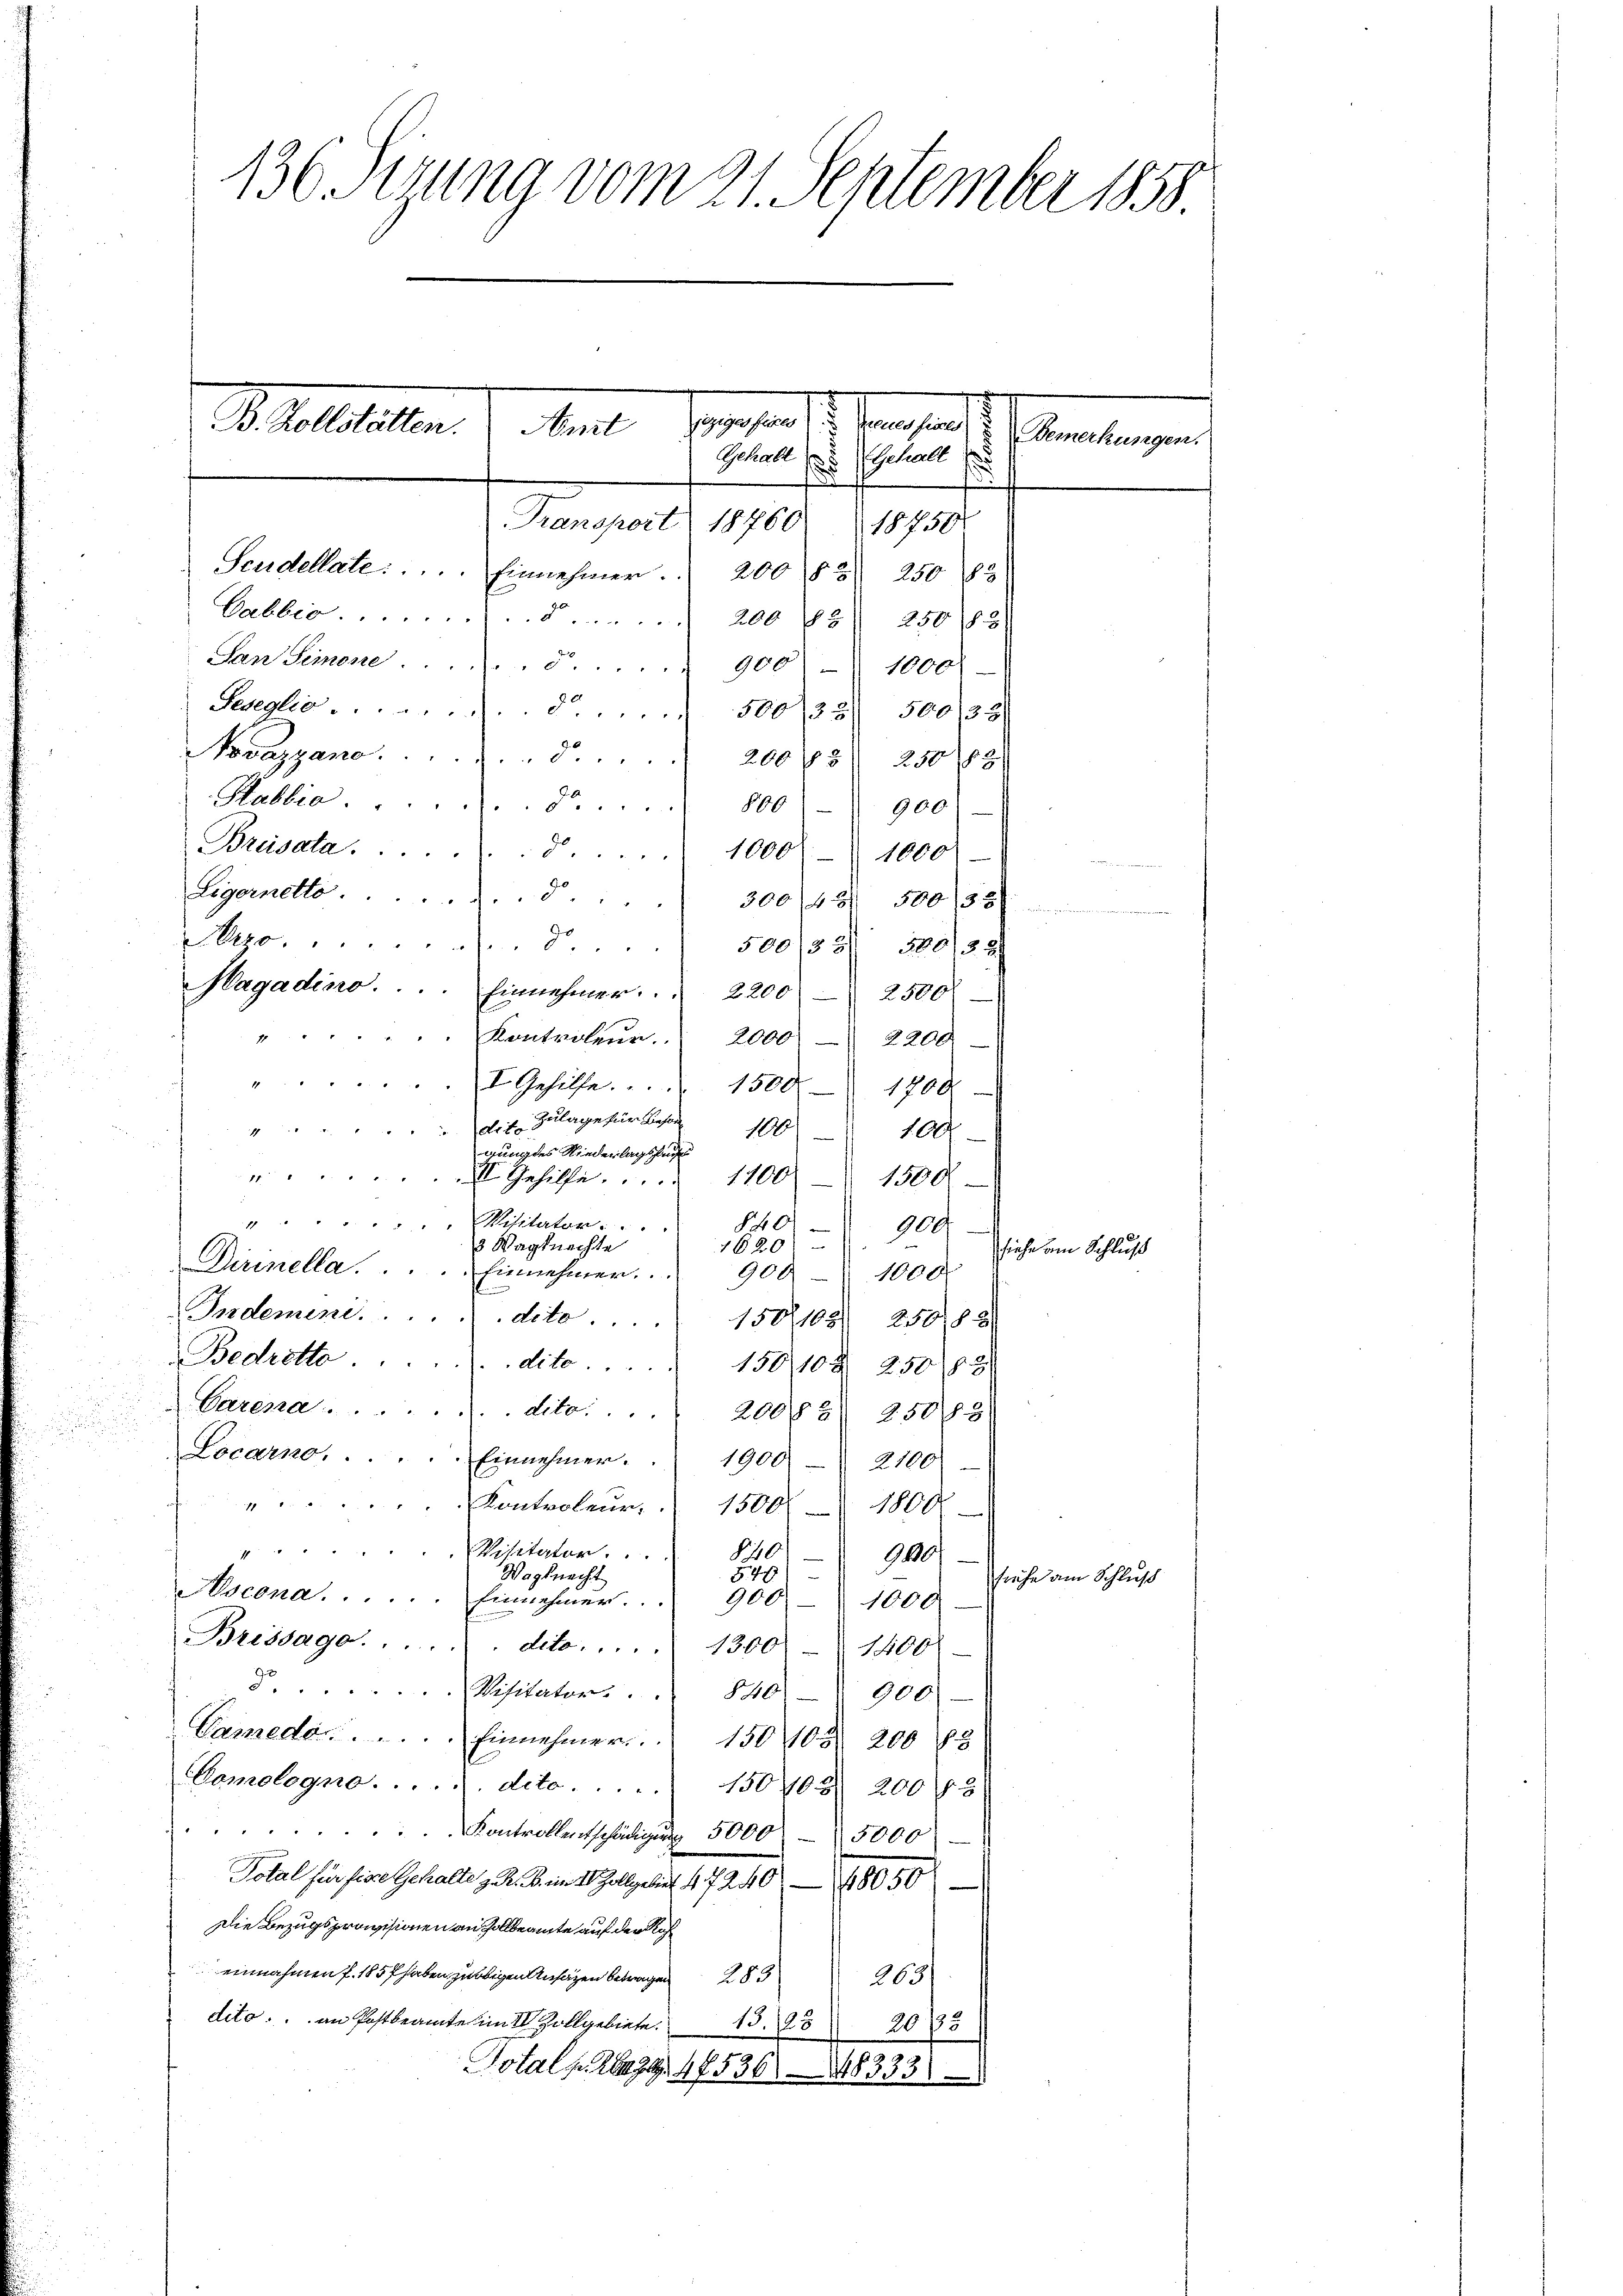
136 Sirung vom 21. September 1858

Habbia 800
900.
Legernetto. § 300/12 500/38)
zo. § 500/331 30052
Magadino. . . . Einnehmer. . . 2200 2500
Kontroleur.
2000 2200
1
I. Gehilfe. 1500 - 1700
dr. s. Zulage für Besond
1
106) 100
gung des Niederlagshau

1100
II Gehilfe.
1500
§ 40
Misitarton.  ..
900
.
1620
3 Wagknechte
Dirinella. ..  ..  ..   Einnehmen.
9001000.
Indement. . . . . deto . . . .
150/108) 250. 88
Bedrotto  ..  ..  ..  .. . . . . dito. 15010 § 25083
Carena . . . . . . . . dito. . . . . 20083. 25083
Locarno. . . . . . Einnehmer.  1900
2100
Kontroleur
1800
1500
Visitator.
§ 40
9000.
Wegknecht
549
Pscona . . . . . . Einnehmer.
900
1000.
Brissage. . . . . . dito.  .. . . 1300 - 1400
 Visitators 846
900
Vameda . . . . . Einnehmer.   150 105. 200 88
Comologno . . . . . deto . . . . 1501/02 200 f
Kontrollentschädigung 5000 - 5000
Dotal für fige Gehalte z. B. in 18 Zollgebiet 47240—48050
Die Bezugsprovisionen an Zollbeamte auf der Roh¬
.
dito an Postbeamte im I. Zollgebiete. 139
2035
Total. Abegg. 17536. 148385

1
Mart Monaten der Sensart
S. Geleiten
Sommen
Gehalt es schalt
Fransport 18760.
189. 504

4

Novazgano.  .. . . . . . . . 200 f 250 ff

Breisata. 8. 1000 - 1000

Seudellate . . . . . . . .   Einnehmer.  200 § 250 183
Vabbio.  ... 200 85) 250183
San Semone. § 900 - 1000.
Sesezlio. 500/23) 500/38

siehe am Schluß

sruhe am Schluß